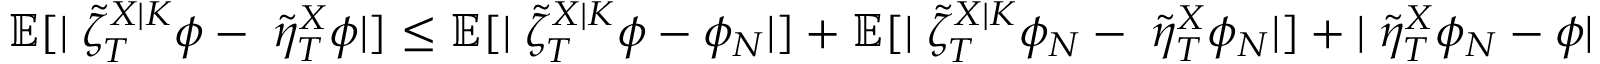
\mathbb { E } [ | \angles { \tilde { \zeta } _ { T } ^ { X | K } } { \phi } - \angles { \tilde { \eta } _ { T } ^ { X } } { \phi } | ] \leq \mathbb { E } [ | \angles { \tilde { \zeta } _ { T } ^ { X | K } } { \phi - \phi _ { N } } | ] + \mathbb { E } [ | \angles { \tilde { \zeta } _ { T } ^ { X | K } } { \phi _ { N } } - \angles { \tilde { \eta } _ { T } ^ { X } } { \phi _ { N } } | ] + | \angles { \tilde { \eta } _ { T } ^ { X } } { \phi _ { N } - \phi } |